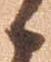
候